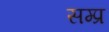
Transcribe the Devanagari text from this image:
सम्प्र